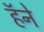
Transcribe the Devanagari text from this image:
हॅने